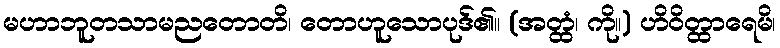
မဟာဘူတသာမညတောတိ၊ တောဟူသောပုဒ်၏။ (အတ္ထံ၊ ကို။) ဟိဝိတ္ထာရေမိ၊